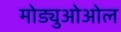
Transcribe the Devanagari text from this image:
मोड्युओओल